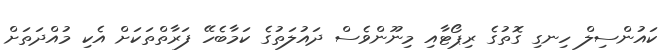
ކައުންސިލް ހިނގި ގޮތުގެ ރިޕޯޓާއި މިނޫންވެސް ދައުލަތުގެ ކަމާބެހޭ ފަރާތްތަކަށް އެކި މުއްދަތަށް